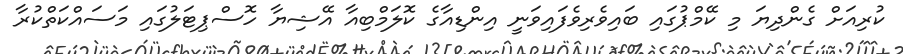
ކުރިއަށް ގެންދިޔަ މި ކޭމްޕުގައި ބައިވެރިވެފައިވަނީ އިންޑިއާގެ ކޮލަމްބިއާ އޭޝިޔާ ހޮސްޕިޓަލުގައި މަސައްކަތްކުރާ